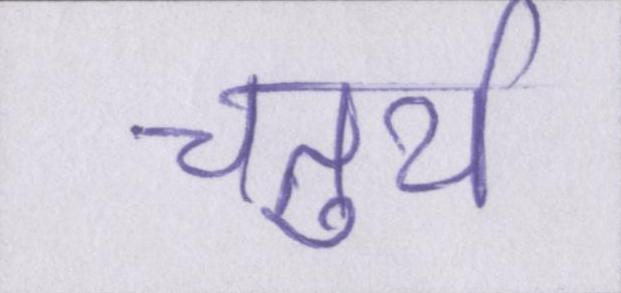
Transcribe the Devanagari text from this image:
चतुर्थ